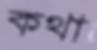
কথা